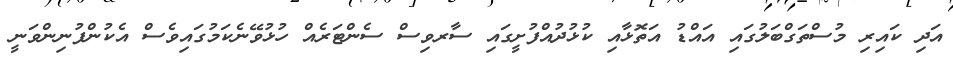
އަދި ކައިރި މުސްތަގްބަލުގައި އައްޑު އަތޮޅާއި ކުޅުދުއްފުށީގައި ސާރވިސް ސެންޓަރެއް ހުޅުވޭނެކަމުގައިވެސް އެކުންފުނިންވަނީ